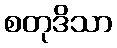
စတုဒိသာ